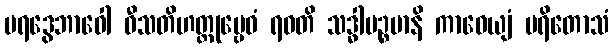
ပရဒွေဘာဝေါ ဝီသတိဟတ္ထုဗ္ဗေဓံ ရဝတိ သဒ္ဓါပဉ္စမာနိ ကာဝေယျံ ပရိတောသံ